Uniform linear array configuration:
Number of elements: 4
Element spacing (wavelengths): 0.75
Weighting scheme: binomial
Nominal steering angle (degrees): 45
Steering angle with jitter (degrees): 45.074
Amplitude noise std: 0.05
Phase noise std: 0.05

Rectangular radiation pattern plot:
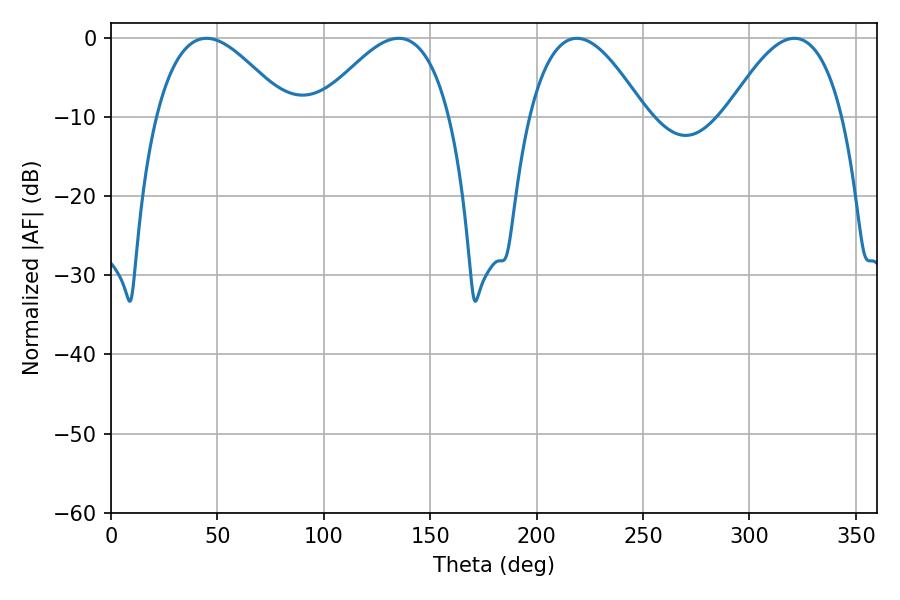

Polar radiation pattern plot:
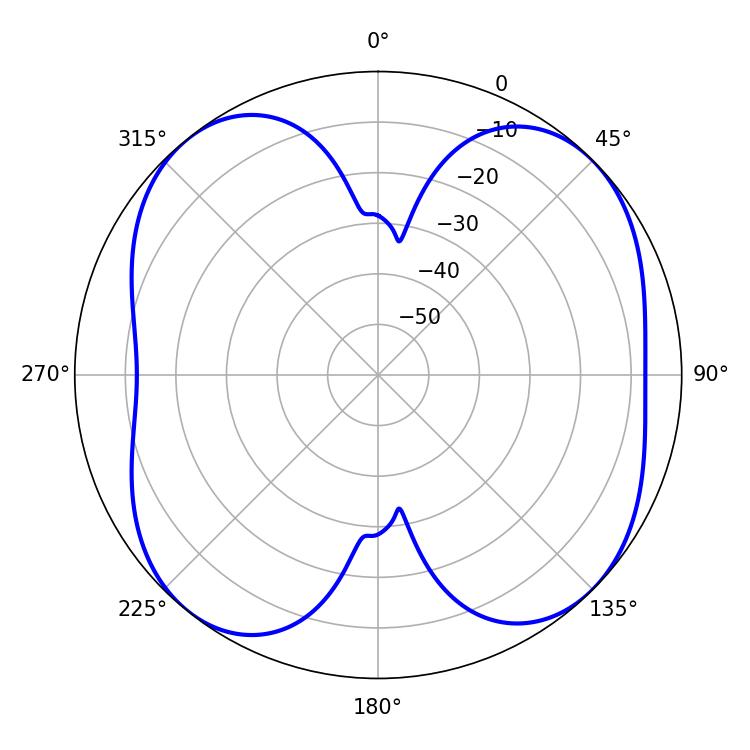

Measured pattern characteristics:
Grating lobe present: TRUE
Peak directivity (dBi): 9.837
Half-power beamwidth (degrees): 29.7
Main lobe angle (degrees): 218.88